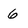
Character: 6